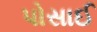
પોસાઈ